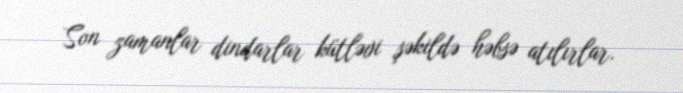
Son zamanlar dindarlar kütləvi şəkildə həbsə atılırlar.